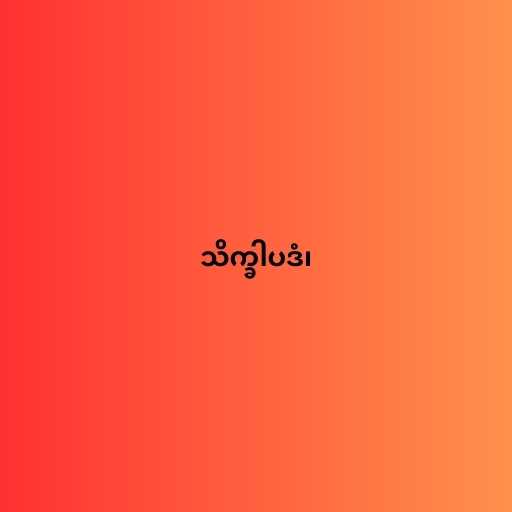
သိက္ခါပဒံ၊